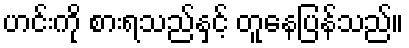
ဟင်းကို စားရသည်နှင့် တူနေပြန်သည်။